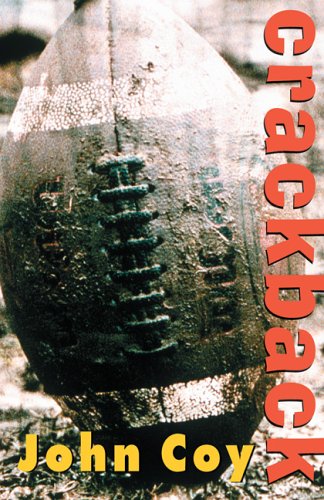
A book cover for Crackback; John Coy; Teen & Young Adult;